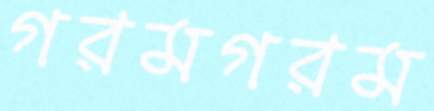
গরমগরম